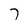
Character: 7